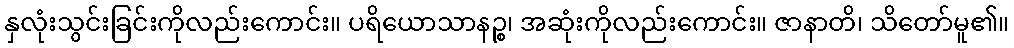
နှလုံးသွင်းခြင်းကိုလည်းကောင်း။ ပရိယောသာနဉ္စ၊ အဆုံးကိုလည်းကောင်း။ ဇာနာတိ၊ သိတော်မူ၏။